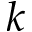
k